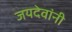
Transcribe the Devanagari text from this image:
जयदेवांनी